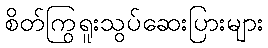
စိတ်ကြွရူးသွပ်ဆေးပြားများ